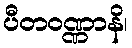
ပီတဝဏ္ဏာနိ၊